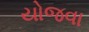
યોજવા